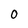
Character: 0